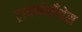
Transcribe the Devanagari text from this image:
ट्रायकोसँथेस